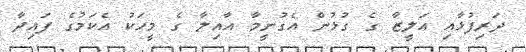
ދަރިފުޅާއި އަލީޒާ ގެ ގުޅުން އެގުނީމާ އާއިލާ ގެ މީހަކު އެކަމުގެ ފައިދާ